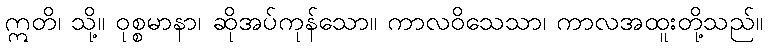
ဣတိ၊ သို့။ ဝုစ္စမာနာ၊ ဆိုအပ်ကုန်သော။ ကာလဝိသေသာ၊ ကာလအထူးတို့သည်။